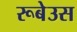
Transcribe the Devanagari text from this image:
रूबेउस